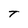
Character: T